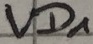
Text: VD1